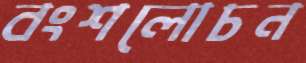
বংশলোচন